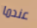
عندما